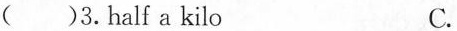
()3.half a kilo C.